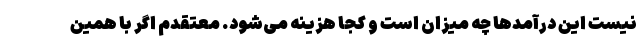
نیست این درآمدها چه میزان است و کجا هزینه می‌شود. معتقدم اگر با همین